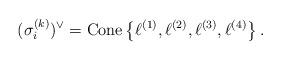
LaTeX: \begin{align*}(\sigma_{i}^{(k)})^{\vee}=\mathrm{Cone}\left\{ \ell^{(1)},\ell^{(2)},\ell^{(3)},\ell^{(4)}\right\} .\end{align*}